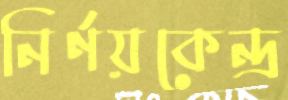
নির্ণয়কেন্দ্র